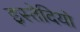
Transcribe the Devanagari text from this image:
इस्तेदियो